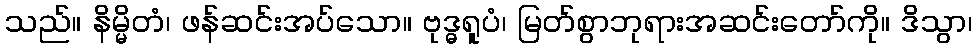
သည်။ နိမ္မိတံ၊ ဖန်ဆင်းအပ်သော။ ဗုဒ္ဓရူပံ၊ မြတ်စွာဘုရားအဆင်းတော်ကို။ ဒိသွာ၊